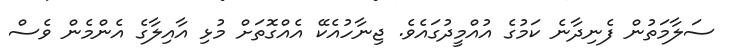
ސަލާމަތުން ފެނިދާނެ ކަމުގެ އުއްމީދުގައެވެ. ޖިނާހުއެކޭ އެއްގޮތަށް މުޅި އާއިލާގެ އެންމެން ވެސް